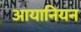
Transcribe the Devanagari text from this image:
आयानियन